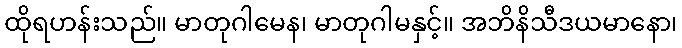
ထိုရဟန်းသည်။ မာတုဂါမေန၊ မာတုဂါမနှင့်။ အဘိနိသီဒယမာနော၊